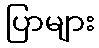
ပြာများ